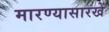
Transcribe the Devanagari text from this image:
मारण्यासारखें